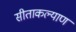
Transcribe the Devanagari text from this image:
सीताकल्याण